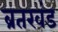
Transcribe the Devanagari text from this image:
ब्रतखंड